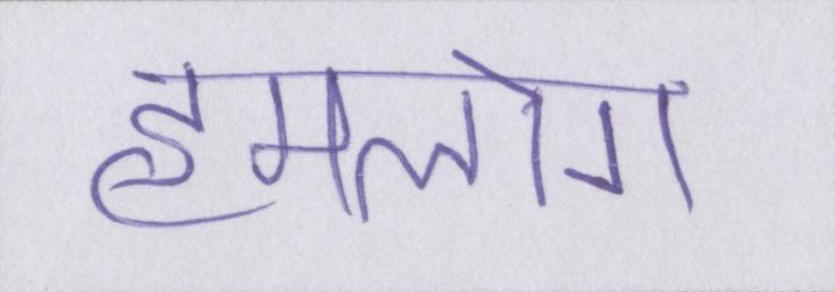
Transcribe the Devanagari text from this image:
हमलोग